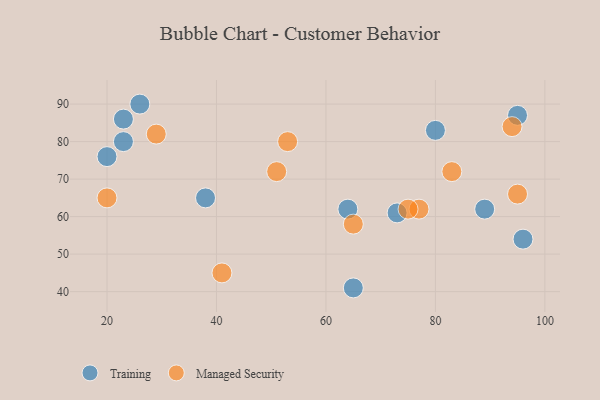
{"axis": {"x": "GDP", "y": "Life Expectancy"}, "legend": ["Managed Security", "Training"], "data": [{"x": "80", "y": 83, "type": "Training"}, {"x": "96", "y": 54, "type": "Training"}, {"x": "26", "y": 90, "type": "Training"}, {"x": "38", "y": 65, "type": "Training"}, {"x": "64", "y": 62, "type": "Training"}, {"x": "23", "y": 80, "type": "Training"}, {"x": "73", "y": 61, "type": "Training"}, {"x": "95", "y": 87, "type": "Training"}, {"x": "23", "y": 86, "type": "Training"}, {"x": "89", "y": 62, "type": "Training"}, {"x": "20", "y": 76, "type": "Training"}, {"x": "65", "y": 41, "type": "Training"}, {"x": "65", "y": 58, "type": "Managed Security"}, {"x": "20", "y": 65, "type": "Managed Security"}, {"x": "29", "y": 82, "type": "Managed Security"}, {"x": "83", "y": 72, "type": "Managed Security"}, {"x": "95", "y": 66, "type": "Managed Security"}, {"x": "77", "y": 62, "type": "Managed Security"}, {"x": "51", "y": 72, "type": "Managed Security"}, {"x": "94", "y": 84, "type": "Managed Security"}, {"x": "53", "y": 80, "type": "Managed Security"}, {"x": "75", "y": 62, "type": "Managed Security"}, {"x": "41", "y": 45, "type": "Managed Security"}]}